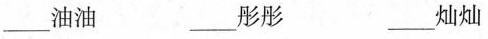
___油油 ___彤彤 ___灿灿